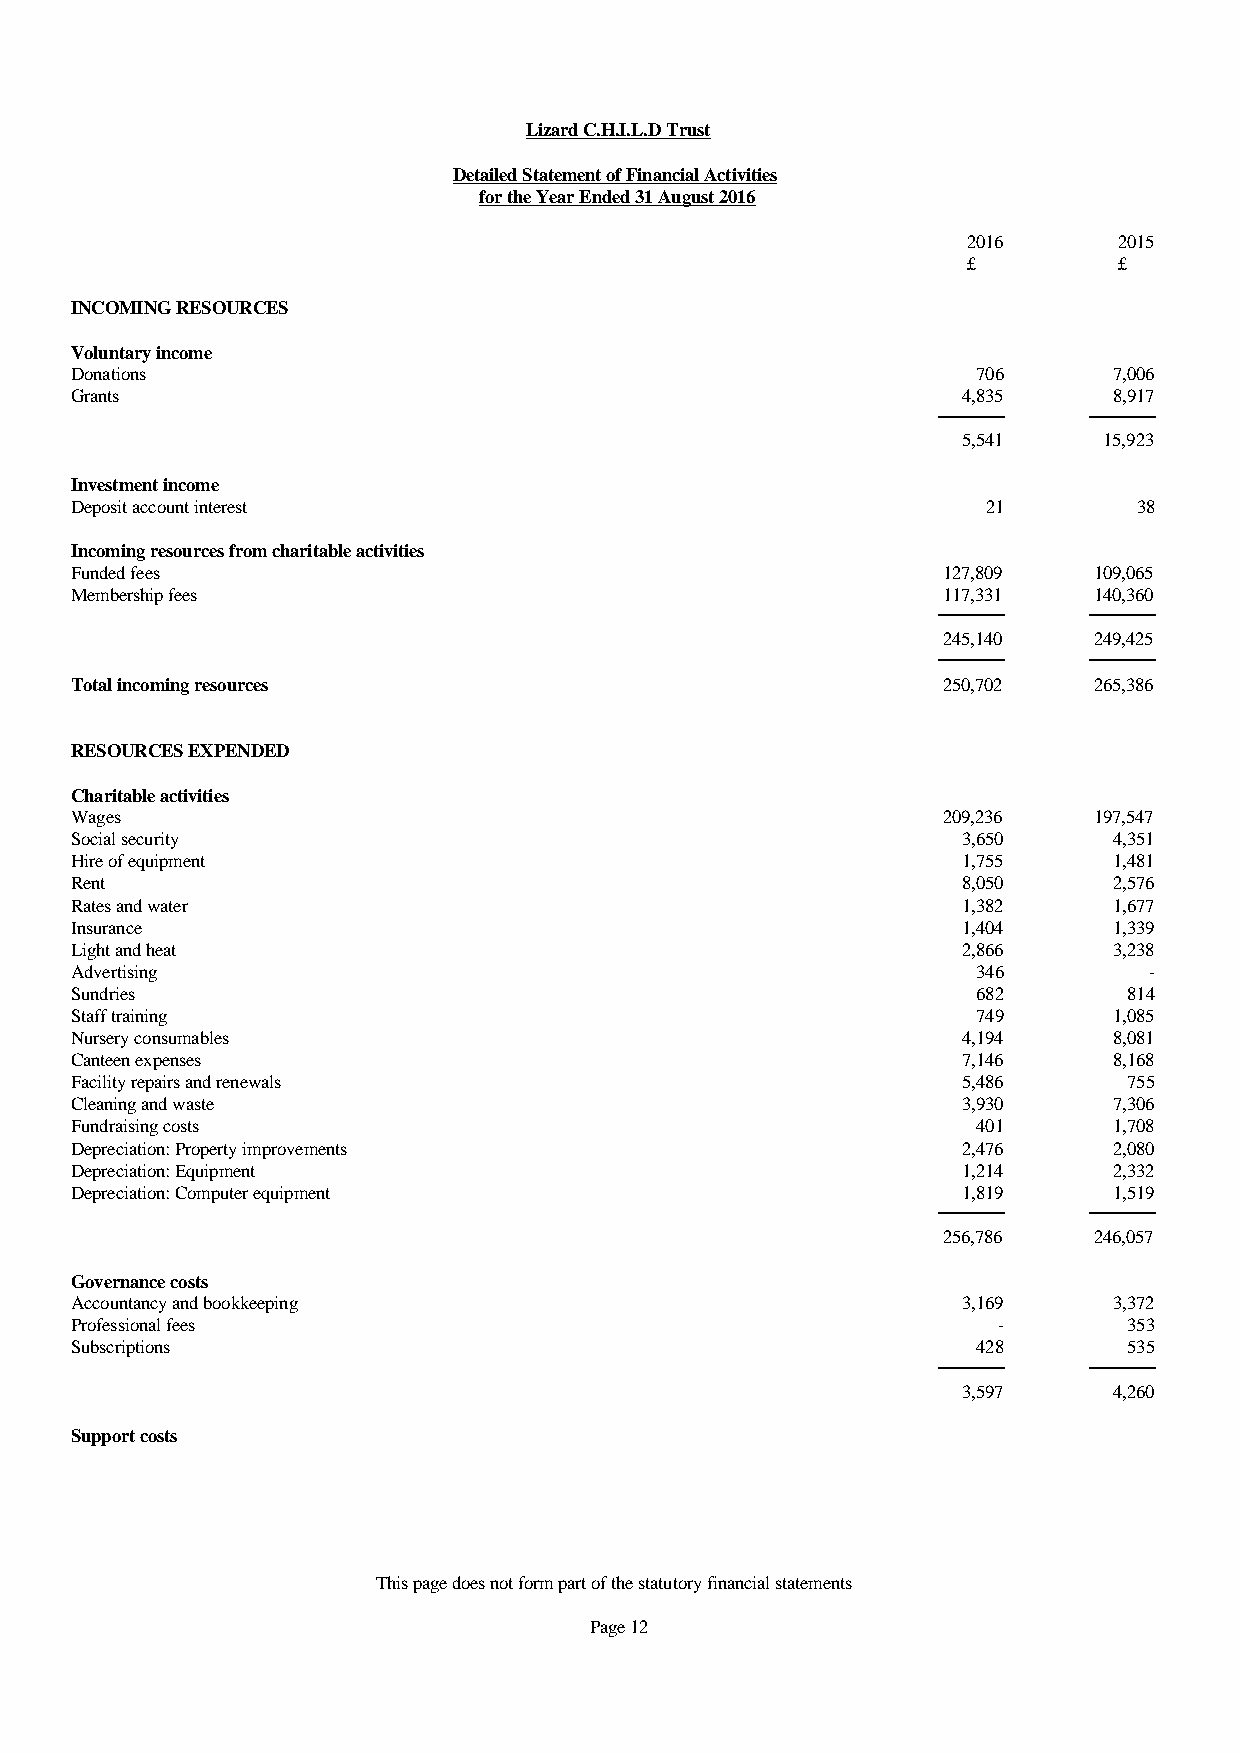
Lizard C.H.I.L.D Trust
 Detailed Statement of Financial Activities
 for the Year Ended 31 August 2016
 2016      2015
 £         £
 INCOMING RESOURCES
 Voluntary income
 Donations                                                   706      7,006
 Grants                                                     4,835     8,917
 5,541    15,923
 Investment income
 Deposit account interest                                    21        38
 Incoming resources from charitable activities
 Funded fees                                              127,809   109,065
 Membership fees                                          117,331   140,360
 245,140   249,425
 Total incoming resources                                 250,702   265,386
 RESOURCES EXPENDED
 Charitable activities
 Wages                                                    209,236   197,547
 Social security                                            3,650     4,351
 Hire of equipment                                          1,755     1,481
 Rent                                                       8,050     2,576
 Rates and water                                            1,382     1,677
 Insurance                                                  1,404     1,339
 Light and heat                                             2,866     3,238
 Advertising                                                 346        -
 Sundries                                                    682       814
 Staff training                                              749      1,085
 Nursery consumables                                        4,194     8,081
 Canteen expenses                                           7,146     8,168
 Facility repairs and renewals                              5,486      755
 Cleaning and waste                                         3,930     7,306
 Fundraising costs                                           401      1,708
 Depreciation: Property improvements                        2,476     2,080
 Depreciation: Equipment                                    1,214     2,332
 Depreciation: Computer equipment                           1,819     1,519
 256,786   246,057
 Governance costs
 Accountancy and bookkeeping                                3,169     3,372
 Professional fees                                            -        353
 Subscriptions                                               428       535
 3,597     4,260
 Support costs
 This page does not form part of the statutory financial statements
 Page 12